画像に写った文字を読んでください
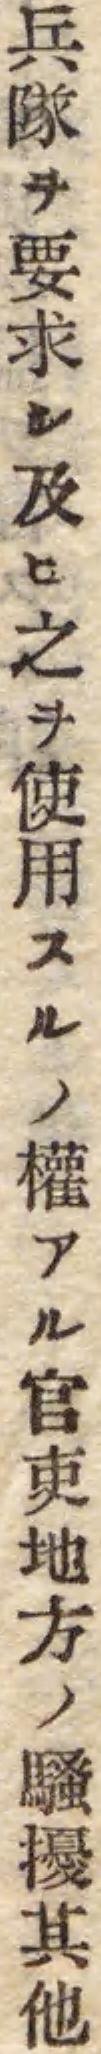
「兵隊ヲ要求シ及ヒ之ヲ使用スルノ權アル官吏地方ノ騒擾其他」と書いてあります